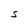
Character: S